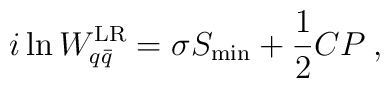
i \ln W_{q \bar{q}}^{\rm LR}= \sigma S_{\rm min} +{1\over 2} C P \> ,